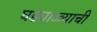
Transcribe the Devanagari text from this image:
घड्याळ्याची